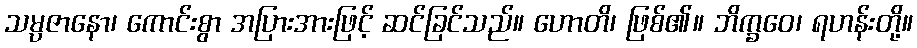
သမ္ပဇာနော၊ ကောင်းစွာ အပြားအားဖြင့် ဆင်ခြင်သည်။ ဟောတိ၊ ဖြစ်၏။ ဘိက္ခဝေ၊ ရဟန်းတို့။